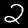
Label: 2